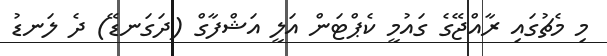
މި މެޗުގައި ރާއްޖޭގެ ގައުމީ ކެޕްޓަން އަލީ އަޝްފާގް (ދަގަނޑޭ) ދެ ލަނޑު